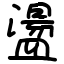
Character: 盪